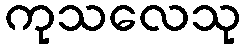
ကုသလေသု